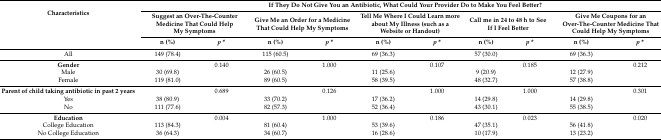
| <ROWSPAN=3> Characteristics | <COLSPAN=10> If They Do Not Give You an Antibiotic, What Could Your Provider Do to Make You Feel Better? |
 | <COLSPAN=2> Suggest an Over-The-Counter Medicine That Could Help My Symptoms | <COLSPAN=2> Give Me an Order for a Medicine That Could Help My Symptoms | <COLSPAN=2> Tell Me Where I Could Learn more about My Illness (such as a Website or Handout) | <COLSPAN=2> Call me in 24 to 48 h to See If I Feel Better | <COLSPAN=2> Give Me Coupons for an Over-The-Counter Medicine That Could Help My Symptoms |
 | n (%) | p * | n (%) | p * | n (%) | p * | n (%) | p * | n (%) | p * |
 | --- | --- | --- | --- | --- | --- | --- | --- | --- | --- | --- |
 | All | 149 (78.4) |  | 115 (60.5) |  | 69 (36.3) |  | 57 (30.0) |  | 69 (36.3) |  |
 | Gender |  | 0.140 |  | 1.000 |  | 0.107 |  | 0.185 |  | 0.212 |
 | Male | 30 (69.8) |  | 26 (60.5) |  | 11 (25.6) |  | 9 (20.9) |  | 12 (27.9) |  |
 | Female | 119 (81.0) |  | 89 (60.5) |  | 58 (39.5) |  | 48 (32.7) |  | 57 (38.8) |  |
 | Parent of child taking antibiotic in past 2 years |  | 0.689 |  | 0.126 |  | 1.000 |  | 1.000 |  | 0.301 |
 | Yes | 38 (80.9) |  | 33 (70.2) |  | 17 (36.2) |  | 14 (29.8) |  | 14 (29.8) |  |
 | No | 111 (77.6) |  | 82 (57.3) |  | 52 (36.4) |  | 43 (30.1) |  | 55 (38.5) |  |
 | Education |  | 0.004 |  | 1.000 |  | 0.186 |  | 0.023 |  | 0.020 |
 | College Education | 113 (84.3) |  | 81 (60.4) |  | 53 (39.6) |  | 47 (35.1) |  | 56 (41.8) |  |
 | No College Education | 36 (64.3) |  | 34 (60.7) |  | 16 (28.6) |  | 10 (17.9) |  | 13 (23.2) |  |